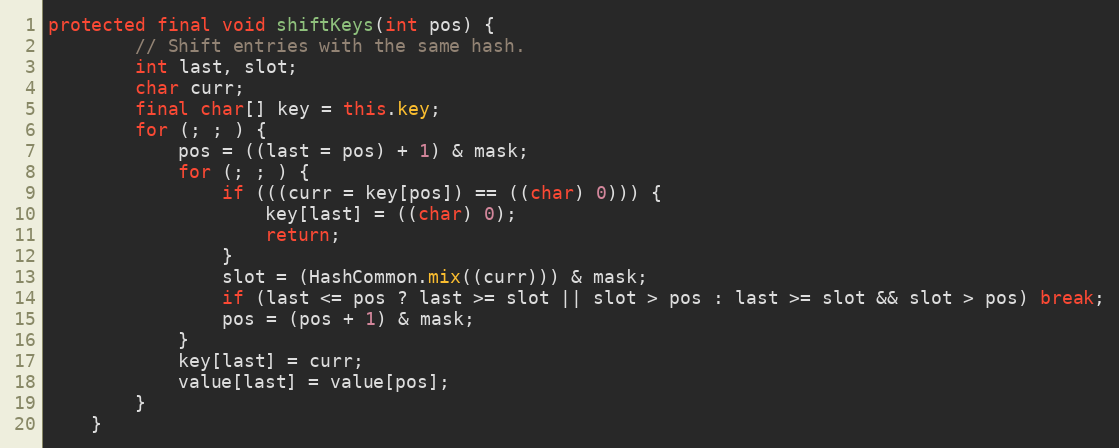
Language: Java
protected final void shiftKeys(int pos) {
        // Shift entries with the same hash.
        int last, slot;
        char curr;
        final char[] key = this.key;
        for (; ; ) {
            pos = ((last = pos) + 1) & mask;
            for (; ; ) {
                if (((curr = key[pos]) == ((char) 0))) {
                    key[last] = ((char) 0);
                    return;
                }
                slot = (HashCommon.mix((curr))) & mask;
                if (last <= pos ? last >= slot || slot > pos : last >= slot && slot > pos) break;
                pos = (pos + 1) & mask;
            }
            key[last] = curr;
            value[last] = value[pos];
        }
    }